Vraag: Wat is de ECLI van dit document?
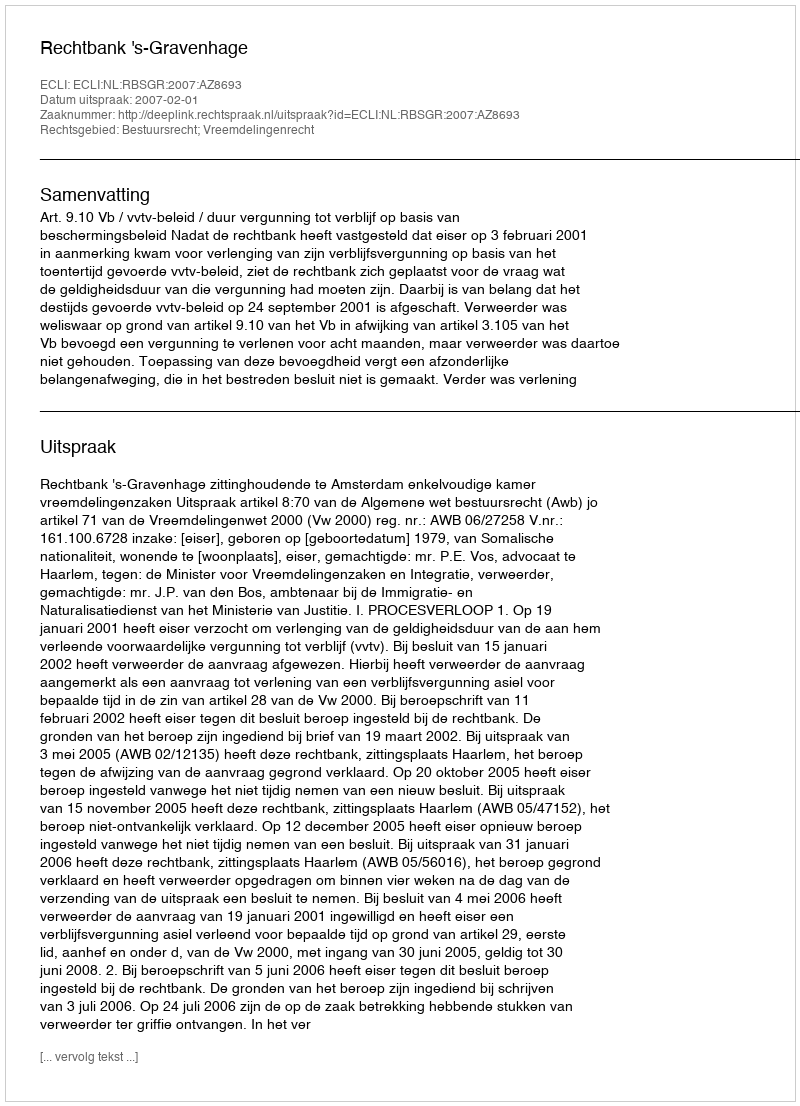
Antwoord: ECLI:NL:RBSGR:2007:AZ8693